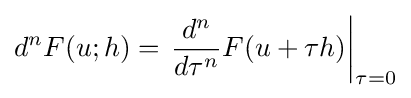
d^{n}F(u;h)=\left.{\frac {d^{n}}{d\tau ^{n}}}F(u+\tau h)\right|_{\tau =0}